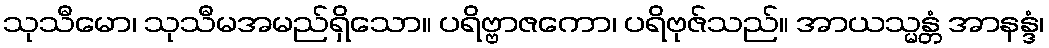
သုသီမော၊ သုသီမအမည်ရှိသော။ ပရိဗ္ဗာဇကော၊ ပရိဗုဇ်သည်။ အာယသ္မန္တံ အာနန္ဒံ၊